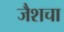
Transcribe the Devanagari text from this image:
जैशचा